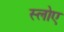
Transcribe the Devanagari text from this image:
स्लोए